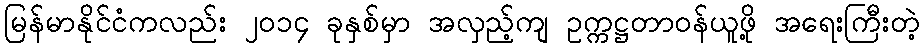
မြန်မာနိုင်ငံကလည်း ၂၀၁၄ ခုနှစ်မှာ အလှည့်ကျ ဥက္ကဋ္ဌတာဝန်ယူဖို့ အရေးကြီးတဲ့